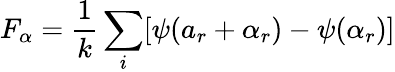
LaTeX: F_{\alpha}=\frac{1}{k}\sum_{i}[\psi(a_{r}+\alpha_{r})-\psi(\alpha_{r})]